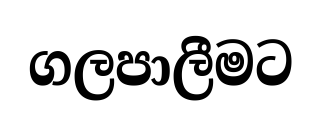
ගලපාලීමට